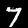
Digit: 7